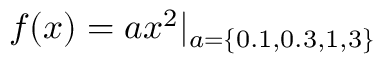
f ( x ) = a x ^ { 2 } | _ { a = \{ 0 . 1 , 0 . 3 , 1 , 3 \} }